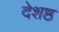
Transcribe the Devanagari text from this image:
देशष्ठ